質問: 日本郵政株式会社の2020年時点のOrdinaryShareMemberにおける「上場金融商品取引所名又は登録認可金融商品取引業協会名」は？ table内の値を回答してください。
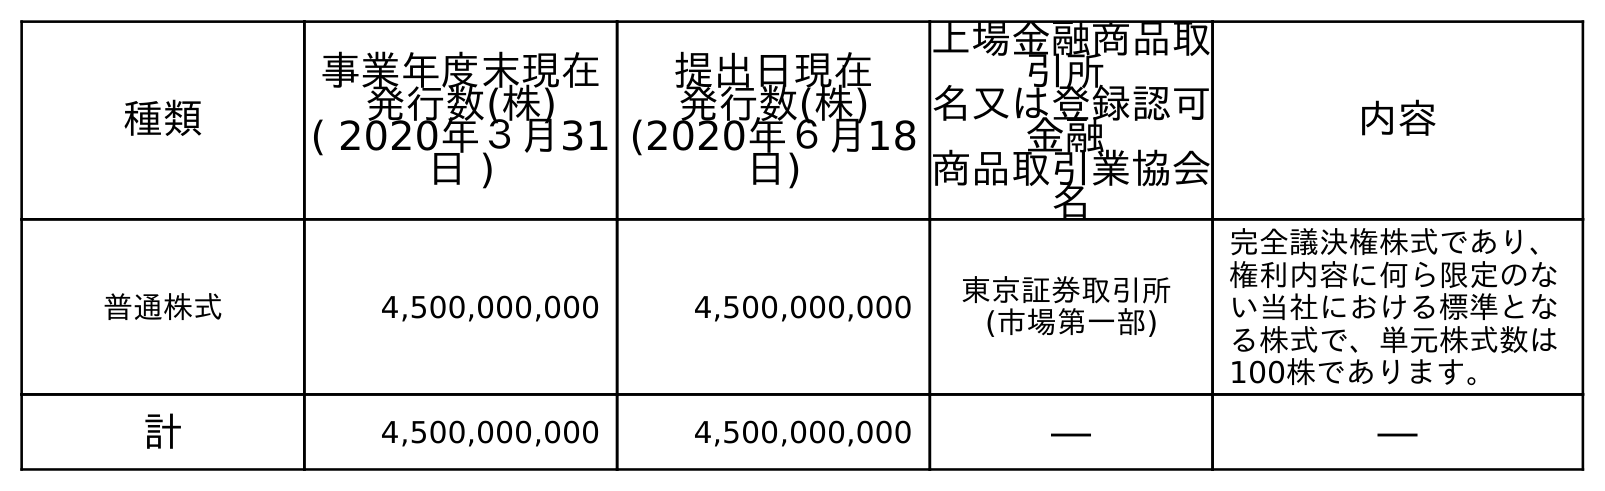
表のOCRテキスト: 種類 事業年度末現在 発行数(株) ( 2020年３月31 日 ) 提出日現在 発行数(株) (2020年６月18 日) 上場金融商品取 引所 名又は登録認可 金融 商品取引業協会 名 内容 普通株式 4,500,000,000 4,500,000,000 東京証券取引所 (市場第一部) 完全議決権株式であり、 権利内容に何ら限定のな い当社における標準とな る株式で、単元株式数は 100株であります。 計 4,500,000,000 4,500,000,000 ― ―
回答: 東京証券取引所(市場第一部)